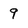
Character: 9